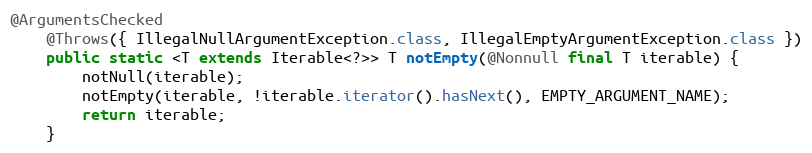
Language: Java
@ArgumentsChecked
	@Throws({ IllegalNullArgumentException.class, IllegalEmptyArgumentException.class })
	public static <T extends Iterable<?>> T notEmpty(@Nonnull final T iterable) {
		notNull(iterable);
		notEmpty(iterable, !iterable.iterator().hasNext(), EMPTY_ARGUMENT_NAME);
		return iterable;
	}